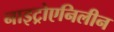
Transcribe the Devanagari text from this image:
नाइट्रोएनिलीन